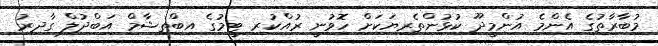
މުބާރާތުގެ އެންމެ އުންމީދޫ ކުޅުންތެރިޔަކަށް ހޮވުނީ ރުއްކުރި ޓީމުގެ އިބްތިޝާމް އަބްދުލް ގާދިރު